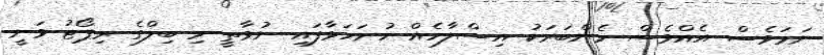
ނަމަވެސް އެއްވެސް މެންބަރަކު އިސްލާހެއް ހުށަހަޅާފައި ނުވާތީ މި ބިލްގެ ރިޕޯޓު ވަނީ